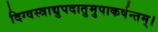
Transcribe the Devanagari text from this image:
दिग्वस्त्राद्युपदातुमुपाकर्षन्तम्‌।